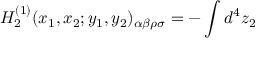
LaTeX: { \cal H } _ { 2 } ^ { ( 1 ) } ( x _ { 1 } , x _ { 2 } ; y _ { 1 } , y _ { 2 } ) _ { \alpha \beta \rho \sigma } = - \int d ^ { 4 } z _ { 2 }